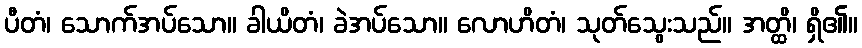
ပီတံ၊ သောက်အပ်သော။ ခါယိတံ၊ ခဲအပ်သော။ လောဟိတံ၊ သုတ်သွေးသည်။ အတ္ထိ၊ ရှိ၏။